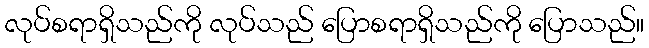
လုပ်စရာရှိသည်ကို လုပ်သည် ပြောစရာရှိသည်ကို ပြောသည်။